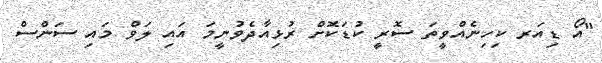
"އޯ ޑިއަރ ކިހިނެއްވީތަ ސޮރީ ކުޑަކޮށް ރުޅިއާދެވުނީމަ އައި ލަވް މައި ސަންސް